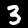
Digit: 3